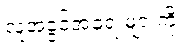
လူ့အခွင့်အရေးများကို